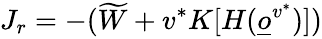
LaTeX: J_{r}=-(\widetilde W+v^{*}K[H(\underline{o}^{v^{*}})])